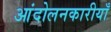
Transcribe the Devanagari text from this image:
आंदोलनकारीयाँ